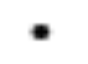
.